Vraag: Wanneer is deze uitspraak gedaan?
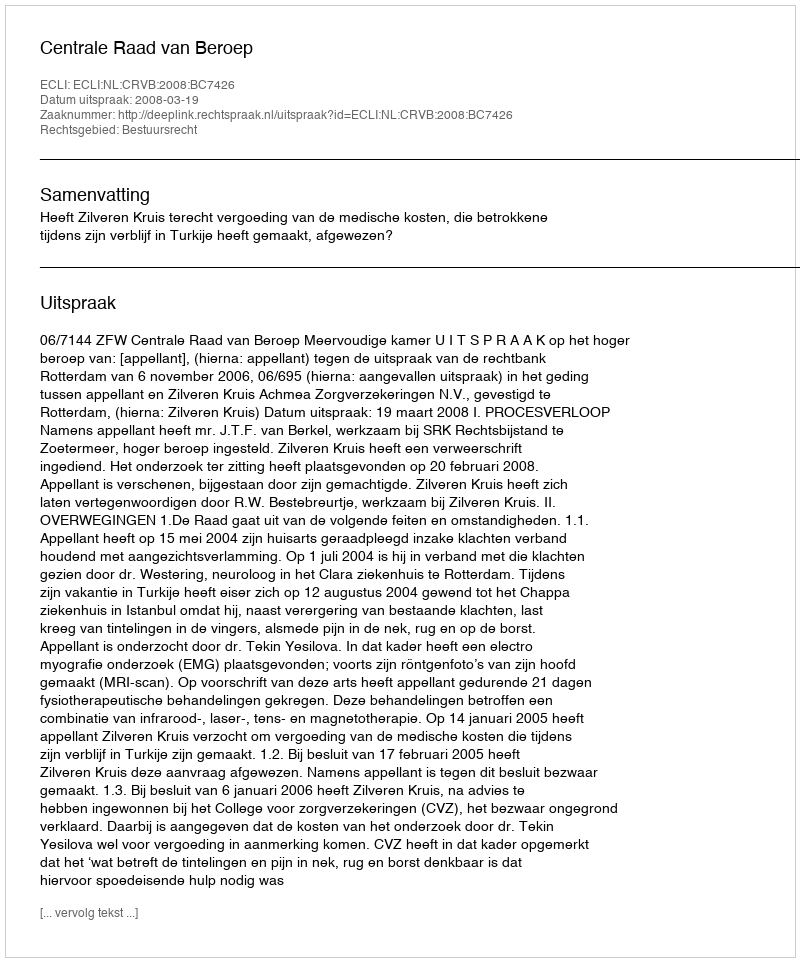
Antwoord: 2008-03-19